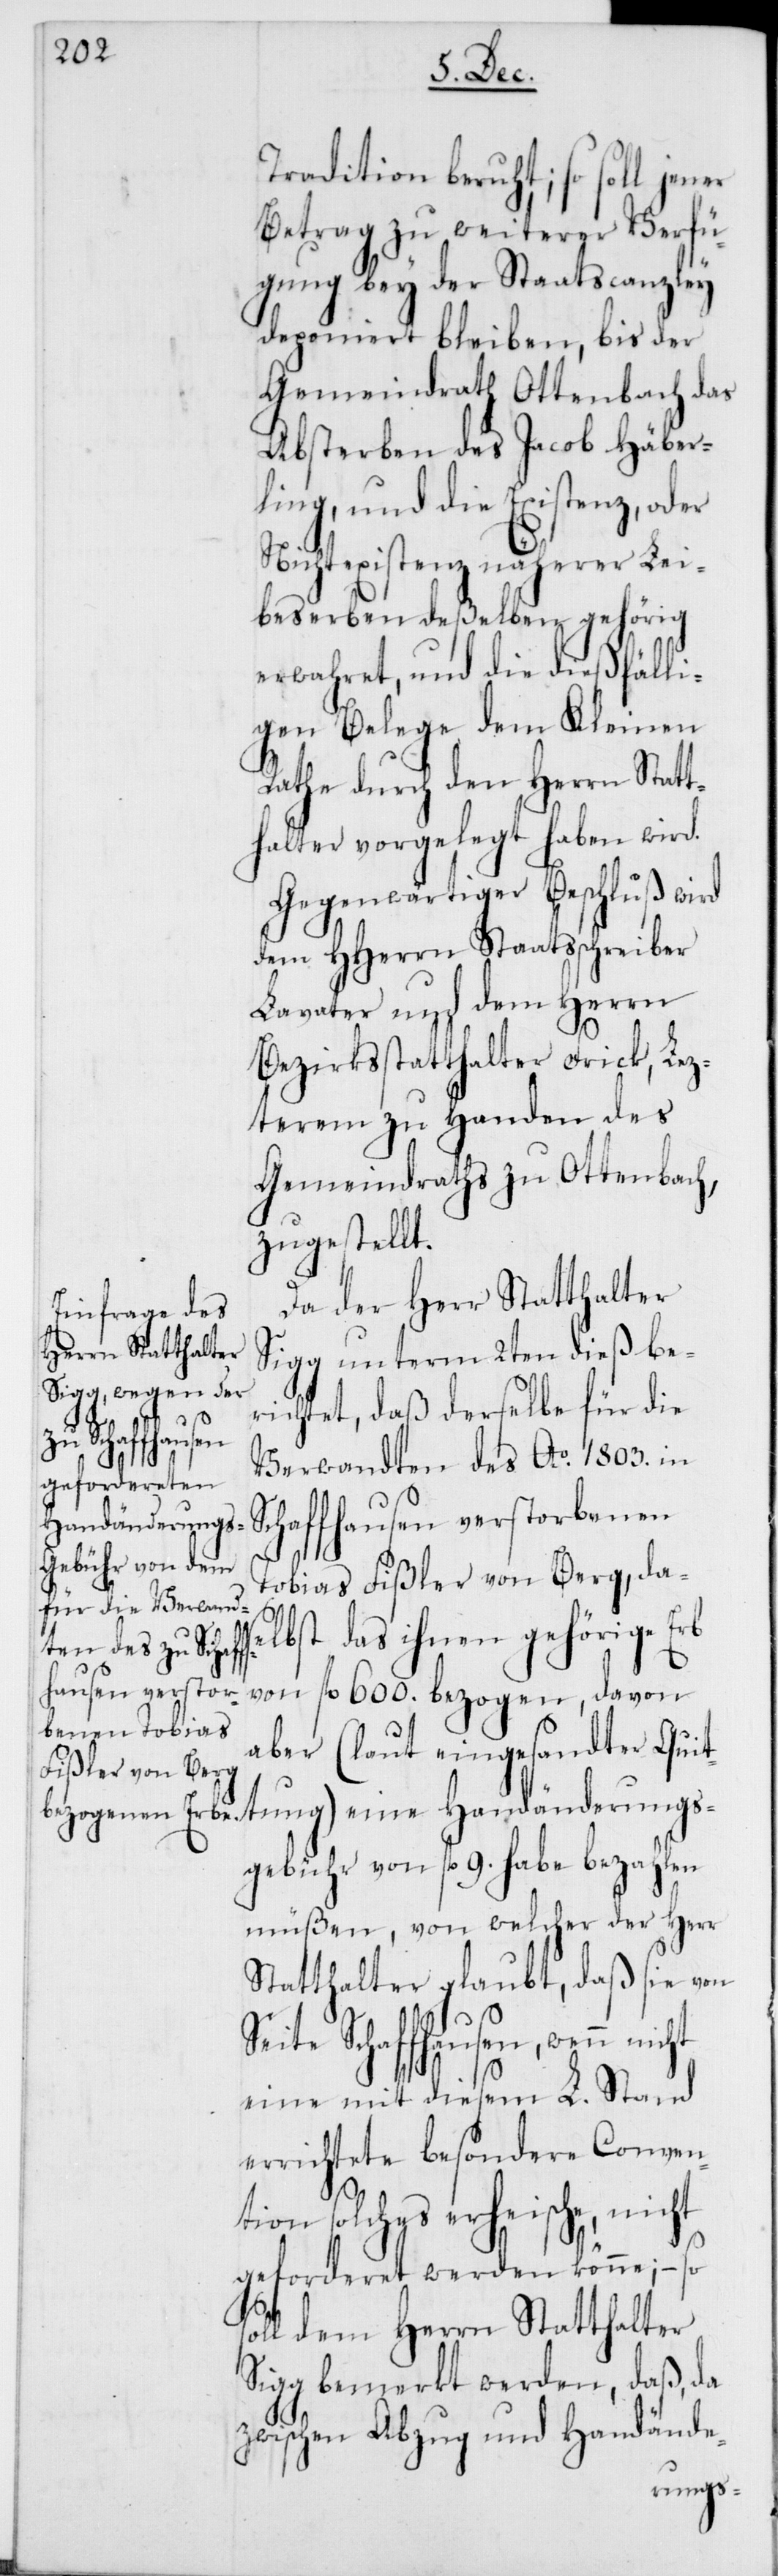
Tradition beruht; so soll jener
Betrag zu weiterer Verfü¬
gung bey der Staatscanzley
deponiert bleiben, bis der
Gemeindrath Ottenbach das
Absterben des Jacob Häber¬
ling, und die Existenz, oder
Nichtexistenz näherer Lei¬
beserben deßelben gehörig
erwahret, und die dießfälli¬
gen Belege dem Kleinen
Rathe durch den Herrn Statt¬
halter vorgelegt haben wird.
Gegenwärtiger Beschluß wird
dem HHerrn Staatsschreiber
Lavater und dem Herrn
Bezirksstatthalter Frick, Lez¬
terem zu Handen des
Gemeindraths zu Ottenbach,
zugestellt.
Da der Herr Statthalter
Sigg unterm 2ten dieß be¬
richtet, daß derselbe für die
Verwandten des Ao 1803. in
Schaffhausen verstorbenen
Tobias Fißler von Berg, das¬
elbst das ihnen gehörige Erb
von fl. 600. bezogen, davon
aber (laut eingesandter Quit¬
tung) eine Handänderungs¬
gebühr von fl. 9. habe bezahlen
müßen, von welcher der Herr
Statthalter glaubt, daß sie von
Seite Schaffhausen, wenn nicht
eine mit diesem L. Stand
errichtete besondere Conven¬
tion solches erheische, nicht
geforderet werden könne; – so
soll dem Herrn Statthalter
Sigg bemerkt werden, daß, da
zwischen Abzug und Handände-